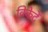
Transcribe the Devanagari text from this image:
विकेटें